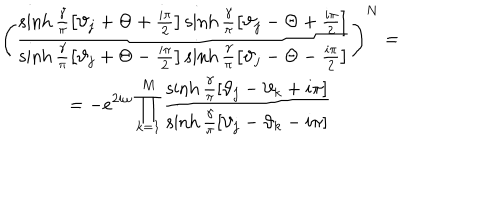
\begin{array} { c } { { \displaystyle \left( \frac { \sinh \frac { \gamma } { \pi } \left[ \vartheta _ { j } + \Theta + \frac { i \pi } { 2 } \right] \sinh \frac { \gamma } { \pi } \left[ \vartheta _ { j } - \Theta + \frac { i \pi } { 2 } \right] } { \sinh \frac { \gamma } { \pi } \left[ \vartheta _ { j } + \Theta - \frac { i \pi } { 2 } \right] \sinh \frac { \gamma } { \pi } \left[ \vartheta _ { j } - \Theta - \frac { i \pi } { 2 } \right] } \right) ^ { N } = } } \\ { { = \displaystyle - e ^ { 2 i \omega } \prod _ { k = 1 } ^ { M } \frac { \sinh \frac { \gamma } { \pi } \left[ \vartheta _ { j } - \vartheta _ { k } + i \pi \right] } { \sinh \frac { \gamma } { \pi } \left[ \vartheta _ { j } - \vartheta _ { k } - i \pi \right] } } } \\ \end{array}